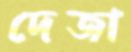
দেজা